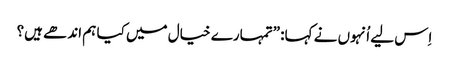
‏ اِس لیے اُنہوں نے کہا:‏ ”‏تمہارے خیال میں کیا ہم اندھے ہیں؟